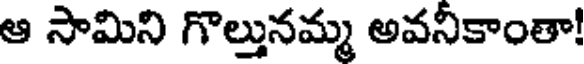
ఆ సామిని గొల్తునమ్మ అవనీకాంతా!